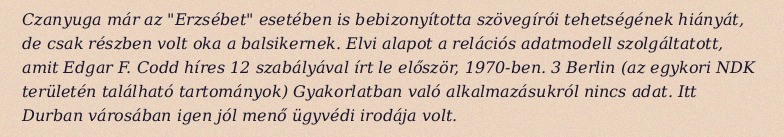
Czanyuga már az "Erzsébet" esetében is bebizonyította szövegírói tehetségének hiányát, de csak részben volt oka a balsikernek. Elvi alapot a relációs adatmodell szolgáltatott, amit Edgar F. Codd híres 12 szabályával írt le először, 1970-ben. 3 Berlin (az egykori NDK területén található tartományok) Gyakorlatban való alkalmazásukról nincs adat. Itt Durban városában igen jól menő ügyvédi irodája volt.